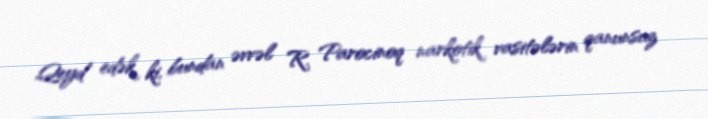
Qeyd edək ki, bundan əvvəl R. Parocinoq narkotik vasitələrin qanunsuz